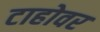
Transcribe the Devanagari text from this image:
टाहोवर